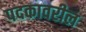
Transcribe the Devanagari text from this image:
पदकावरील